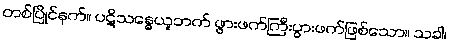
တစ်ပြိုင်နက်။ ပဋိသန္ဓေယူဘက် ဖွားဖက်ကြီးပွားဖက်ဖြစ်သော။ သခါ၊